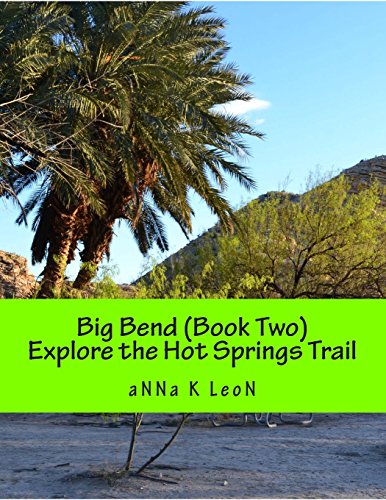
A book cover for Big Bend (Book Two) Explore the Hot Springs Trail: Our Gringo Family Honeymoon (Volume 1); aNNa K. LeoN; Crafts, Hobbies & Home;